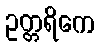
ဥတ္တရိကေ